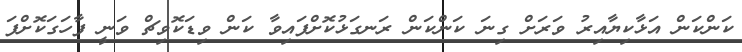
ކަންކަން އަޅާކިޔާއިރު ވަރަށް ގިނަ ކަންކަން ރަނގަޅުކޮށްފައިވާ ކަން ވިޑަކޮވިޗް ވަނީ ފާހަގަކޮށްފަ